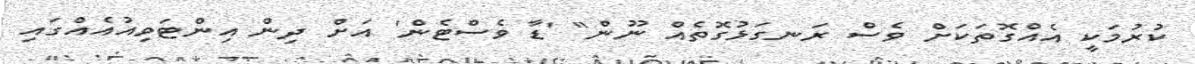
ކުރުމަކީ އެއްގޮތަކަށް ވެސް ރަނގަޅުގޮތެއް ނޫން" 'ޑާ ވެސްޓެން' އަށް ދިން އިންޓަވިއުއެއްގައި